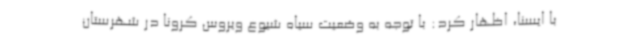
با ایسنا، اظهار کرد: با توجه به وضعیت سیاه شیوع ویروس کرونا در شهرستان